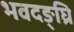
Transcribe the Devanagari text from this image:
भवदङ्घ्रि